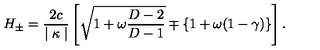
H _ { \pm } = \frac { 2 c } { \mid \kappa \mid } \left[ \sqrt { 1 + \omega \frac { D - 2 } { D - 1 } } \mp \{ 1 + \omega ( 1 - \gamma ) \} \right] .